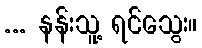
... နန်းသူ့ ရင်သွေး။